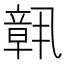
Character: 𬔧